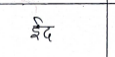
मजकूर: ईद